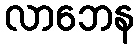
လာဘေန